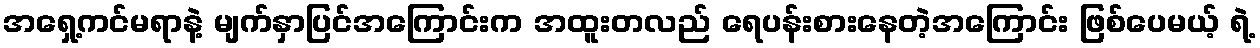
အရှေ့ကင်မရာနဲ့ မျက်နှာပြင်အကြောင်းက အထူးတလည် ရေပန်းစားနေတဲ့အကြောင်း ဖြစ်ပေမယ့် ရဲ့